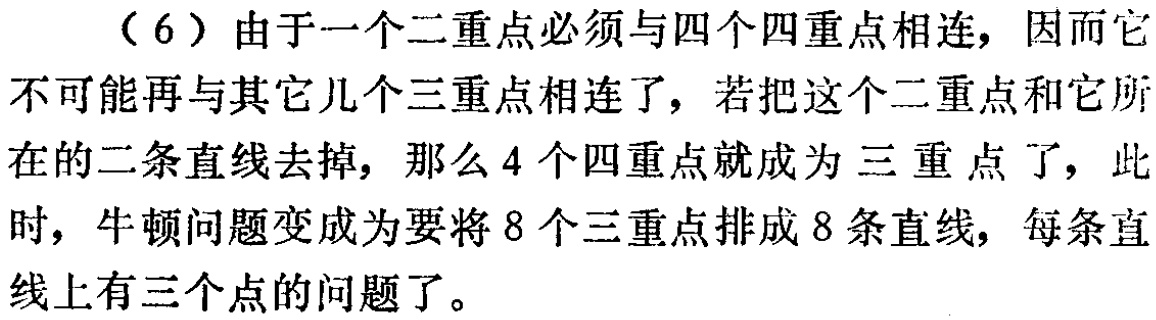
（6）由于一个二重点必须与四个四重点相连，因而它不可能再与其它几个三重点相连了，若把这个二重点和它所在的二条直线去掉，那么4个四重点就成为三重点了，此时，牛顿问题变成为要将8个三重点排成8条直线，每条直线上有三个点的问题了。